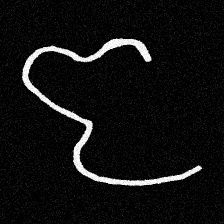
Pyu character \u2014 Myanmar letter: ဇ (romanized: ja)